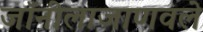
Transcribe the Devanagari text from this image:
जॉनीलाजाणवले